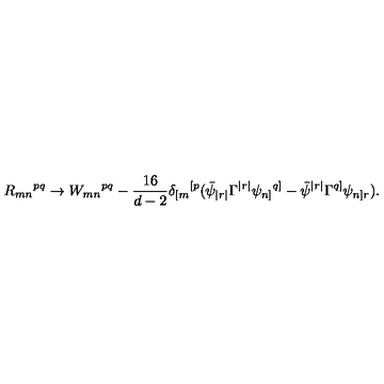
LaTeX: R _ { m n } { } ^ { p q } \rightarrow W _ { m n } { } ^ { p q } - \frac { 1 6 } { d - 2 } \delta _ { [ m } { } ^ { [ p } ( \bar { \psi } _ { | r | } \Gamma ^ { | r | } \psi _ { n ] } { } ^ { q ] } - \bar { \psi } ^ { | r | } \Gamma ^ { q ] } \psi _ { n ] r } ) .